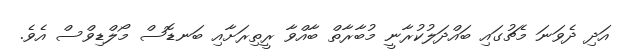
އަދި ދެވަނަ މެޗުގައި ބައްދަލުކުރާނީ މުބާރާތް ބާއްވާ ރީތިރަށާއި ބަނޑޮސް މޯލްޑިވްސް އެވެ.